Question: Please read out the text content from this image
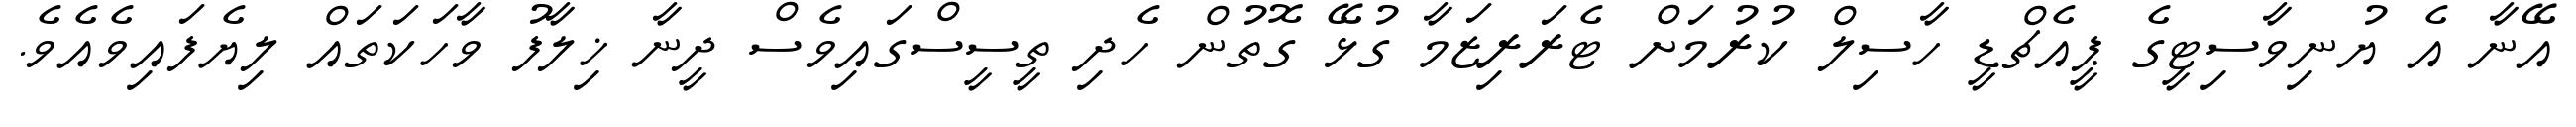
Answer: އޭނާ އެ ޔުނިވާސިޓީގެ ޕީއެޗްޑީ ހާސިލް ކުރުމަށް ޓެރަރިޒަމާ ގުޅޭ ގޮތުން ހެދި ތީސީސްގައިވެސް ދީނާ ޚިލާފު ވާހަކަތައް ލިޔެފައިވެއެވެ.